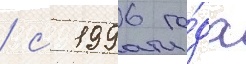
/ с 1996 го́да